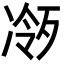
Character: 𪞧